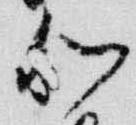
和